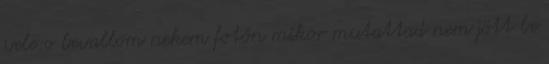
vele:o bevallom nekem fotón mikor mutattad nem jött be